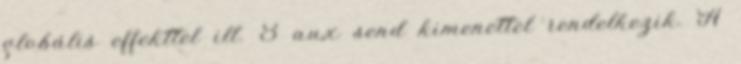
globális effekttel ill. 8 aux send kimenettel rendelkezik. A